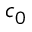
c _ { 0 }